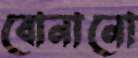
বোনানো